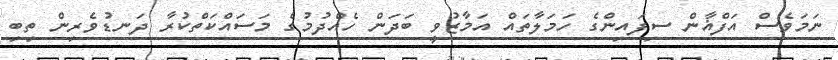
ނަމަވެސް އަފްޣާން ސިފައިންގެ ހަމަލާތައް އަމާޒުވީ ބަދަން ހެއްދުމުގެ މަސައްކަތްކުރާ ދަނޑުވެރިން ތިބި